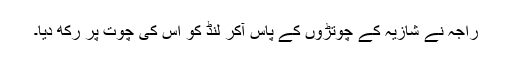
راجہ نے شازیہ کے چوتڑوں کے پاس آکر لنڈ کو اس کی چوت پر رکھ دیا۔